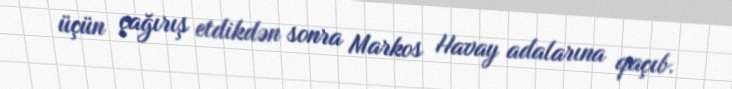
üçün çağırış etdikdən sonra Markos Havay adalarına qaçıb.